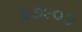
૨૭૯૦૭